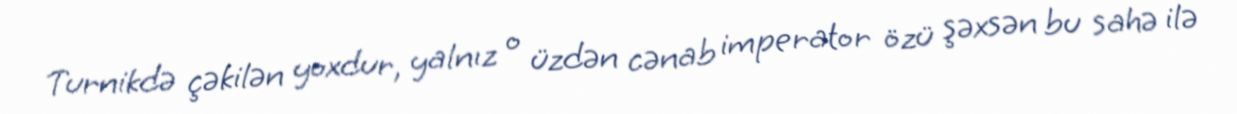
Turnikdə çəkilən yoxdur, yalnız o üzdən cənab imperator özü şəxsən bu sahə ilə